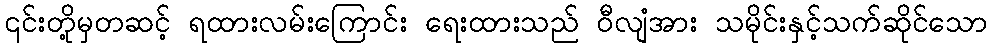
၎င်းတို့မှတဆင့် ရထားလမ်းကြောင်း ရေးထားသည် ဝီလျံအား သမိုင်းနှင့်သက်ဆိုင်သော